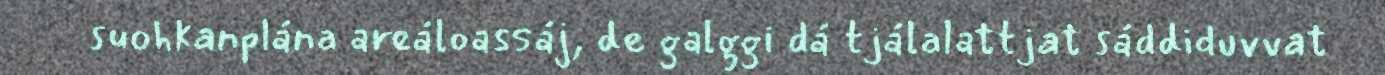
suohkanplána areáloassáj, de galggi dá tjálalattjat sáddiduvvat